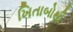
ખિતાબોથી